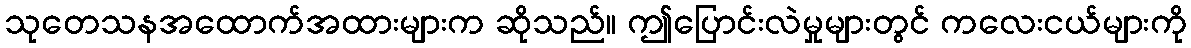
သုတေသနအထောက်အထားများက ဆိုသည်။ ဤပြောင်းလဲမှုများတွင် ကလေးငယ်များကို